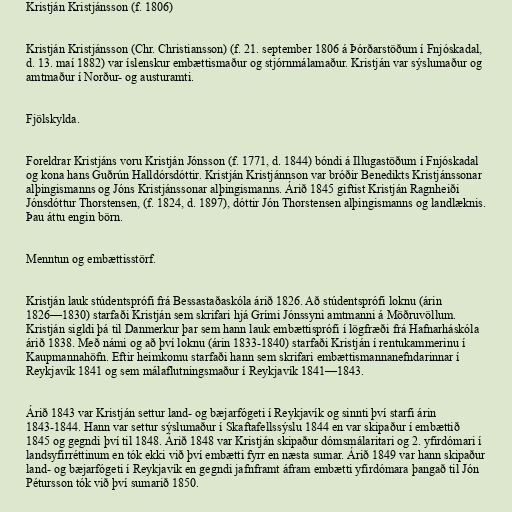
Kristján Kristjánsson (f. 1806)

Kristján Kristjánsson (Chr. Christiansson) (f. 21. september 1806 á Þórðarstöðum í Fnjóskadal,
d. 13. maí 1882) var íslenskur embættismaður og stjórnmálamaður. Kristján var sýslumaður og
amtmaður í Norður- og austuramti.

Fjölskylda.

Foreldrar Kristjáns voru Kristján Jónsson (f. 1771, d. 1844) bóndi á Illugastöðum í Fnjóskadal
og kona hans Guðrún Halldórsdóttir. Kristján Kristjánnson var bróðir Benedikts Kristjánssonar
alþingismanns og Jóns Kristjánssonar alþingismanns. Árið 1845 giftist Kristján Ragnheiði
Jónsdóttur Thorstensen, (f. 1824, d. 1897), dóttir Jón Thorstensen alþingismanns og landlæknis.
Þau áttu engin börn.

Menntun og embættisstörf.

Kristján lauk stúdentsprófi frá Bessastaðaskóla árið 1826. Að stúdentsprófi loknu (árin
1826—1830) starfaði Kristján sem skrifari hjá Grími Jónssyni amtmanni á Möðruvöllum.
Kristján sigldi þá til Danmerkur þar sem hann lauk embættisprófi í lögfræði frá Hafnarháskóla
árið 1838. Með námi og að því loknu (árin 1833-1840) starfaði Kristján í rentukammerinu í
Kaupmannahöfn. Eftir heimkomu starfaði hann sem skrifari embættismannanefndarinnar í
Reykjavík 1841 og sem málaflutningsmaður í Reykjavík 1841—1843.

Árið 1843 var Kristján settur land- og bæjarfógeti í Reykjavík og sinnti því starfi árin
1843-1844. Hann var settur sýslumaður í Skaftafellssýslu 1844 en var skipaður í embættið
1845 og gegndi því til 1848. Árið 1848 var Kristján skipaður dómsmálaritari og 2. yfirdómari í
landsyfirréttinum en tók ekki við því embætti fyrr en næsta sumar. Árið 1849 var hann skipaður
land- og bæjarfógeti í Reykjavík en gegndi jafnframt áfram embætti yfirdómara þangað til Jón
Pétursson tók við því sumarið 1850.